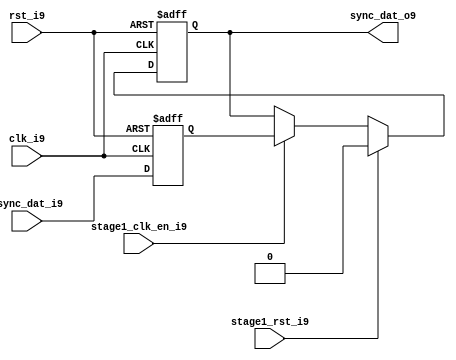
module uart_sync_flops9
(
  // internal signals9
  rst_i9,
  clk_i9,
  stage1_rst_i9,
  stage1_clk_en_i9,
  async_dat_i9,
  sync_dat_o9
);

parameter Tp9            = 1;
parameter width         = 1;
parameter init_value9    = 1'b0;

input                           rst_i9;                  // reset input
input                           clk_i9;                  // clock9 input
input                           stage1_rst_i9;           // synchronous9 reset for stage9 1 FF9
input                           stage1_clk_en_i9;        // synchronous9 clock9 enable for stage9 1 FF9
input   [width-1:0]             async_dat_i9;            // asynchronous9 data input
output  [width-1:0]             sync_dat_o9;             // synchronous9 data output


//
// Interal9 signal9 declarations9
//

reg     [width-1:0]             sync_dat_o9;
reg     [width-1:0]             flop_09;


// first stage9
always @ (posedge clk_i9 or posedge rst_i9)
begin
    if (rst_i9)
        flop_09 <= #Tp9 {width{init_value9}};
    else
        flop_09 <= #Tp9 async_dat_i9;    
end

// second stage9
always @ (posedge clk_i9 or posedge rst_i9)
begin
    if (rst_i9)
        sync_dat_o9 <= #Tp9 {width{init_value9}};
    else if (stage1_rst_i9)
        sync_dat_o9 <= #Tp9 {width{init_value9}};
    else if (stage1_clk_en_i9)
        sync_dat_o9 <= #Tp9 flop_09;       
end

endmodule